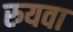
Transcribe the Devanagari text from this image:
रुयवा